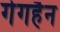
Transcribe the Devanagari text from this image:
गेगहैन